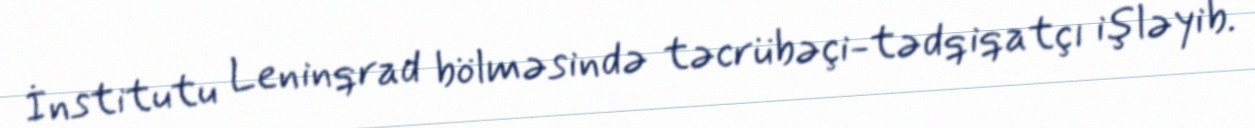
İnstitutu Leninqrad bölməsində təcrübəçi-tədqiqatçı işləyib.